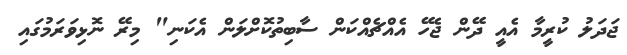
ޖަދަލު ކުރީމާ އެއީ ދޭން ޖެހޭ އެއްޗެއްކަން ސާބިތުކޮށްލަން އެކަނި" މިރޭ ނޮޅިވަރަމުގައި